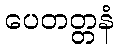
ပေတတ္တနံ